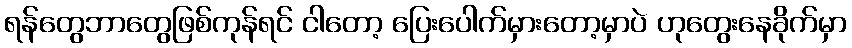
ရန်တွေဘာတွေဖြစ်ကုန်ရင် ငါတော့ ပြေးပေါက်မှားတော့မှာပဲ ဟုတွေးနေခိုက်မှာ